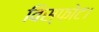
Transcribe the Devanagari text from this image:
विस्फ़ोट।